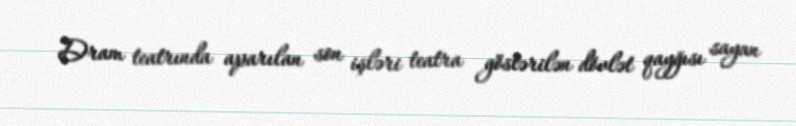
Dram teatrında aparılan son işləri teatra göstərilən dövlət qayğısı sayan